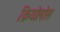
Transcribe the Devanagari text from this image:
क्रियोलोस